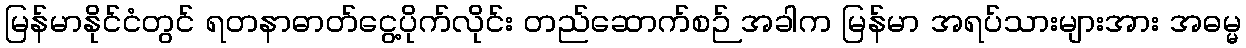
မြန်မာနိုင်ငံတွင် ရတနာဓာတ်ငွေ့ပိုက်လိုင်း တည်ဆောက်စဉ် အခါက မြန်မာ အရပ်သားများအား အဓမ္မ